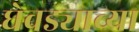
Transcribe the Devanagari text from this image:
घेवड्याच्या